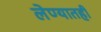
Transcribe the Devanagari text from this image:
लेण्यातही